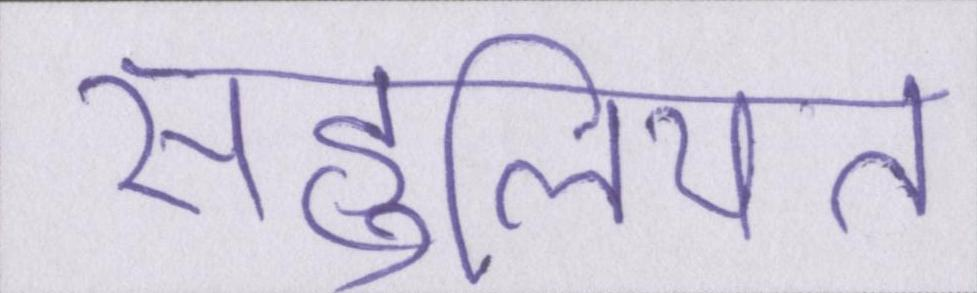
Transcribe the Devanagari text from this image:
सहूलियत